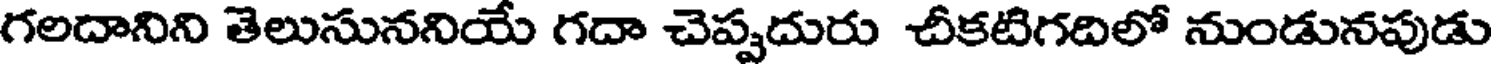
గలదానిని తెలుసుననియే గదా చెప్పదురు చీకటిగదిలో నుండునపుడు